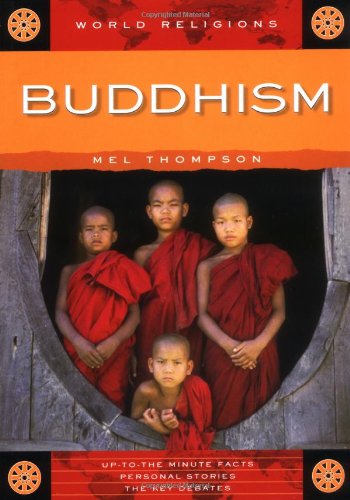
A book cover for Buddhism (World Religions); Mel Thompson; Children's Books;